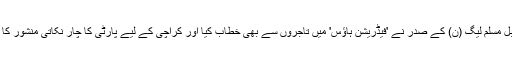
اس سے قبل مسلم لیگ (ن) کے صدر نے 'فیڈریشن ہاؤس' میں تاجروں سے بھی خطاب کیا اور کراچی کے لیے پارٹی کا چار نکاتی منشور کا اعلان کیا۔